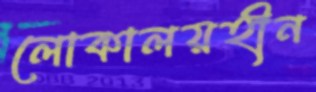
লোকালয়হীন